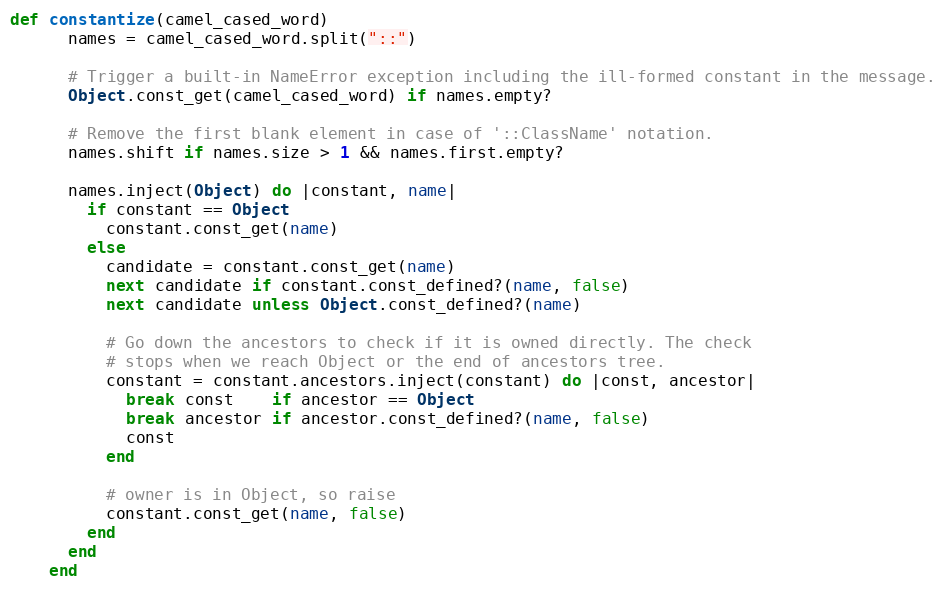
Language: Ruby
def constantize(camel_cased_word)
      names = camel_cased_word.split("::")

      # Trigger a built-in NameError exception including the ill-formed constant in the message.
      Object.const_get(camel_cased_word) if names.empty?

      # Remove the first blank element in case of '::ClassName' notation.
      names.shift if names.size > 1 && names.first.empty?

      names.inject(Object) do |constant, name|
        if constant == Object
          constant.const_get(name)
        else
          candidate = constant.const_get(name)
          next candidate if constant.const_defined?(name, false)
          next candidate unless Object.const_defined?(name)

          # Go down the ancestors to check if it is owned directly. The check
          # stops when we reach Object or the end of ancestors tree.
          constant = constant.ancestors.inject(constant) do |const, ancestor|
            break const    if ancestor == Object
            break ancestor if ancestor.const_defined?(name, false)
            const
          end

          # owner is in Object, so raise
          constant.const_get(name, false)
        end
      end
    end